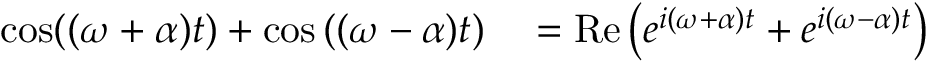
\begin{array} { r l } { \cos ( ( \omega + \alpha ) t ) + \cos \left( ( \omega - \alpha ) t \right) } & { { } = \operatorname { R e } \left( e ^ { i ( \omega + \alpha ) t } + e ^ { i ( \omega - \alpha ) t } \right) } \end{array}